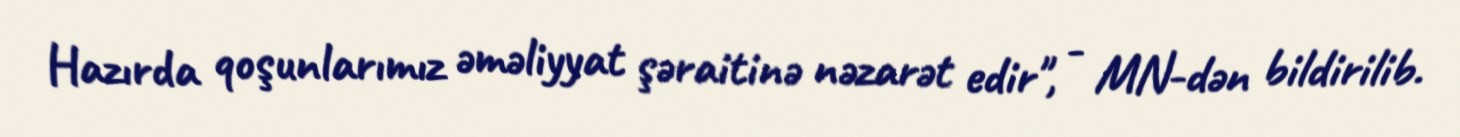
Hazırda qoşunlarımız əməliyyat şəraitinə nəzarət edir", - MN-dən bildirilib.